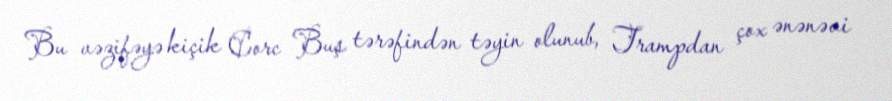
Bu vəzifəyə kiçik Corc Buş tərəfindən təyin olunub, Trampdan çox ənənəvi